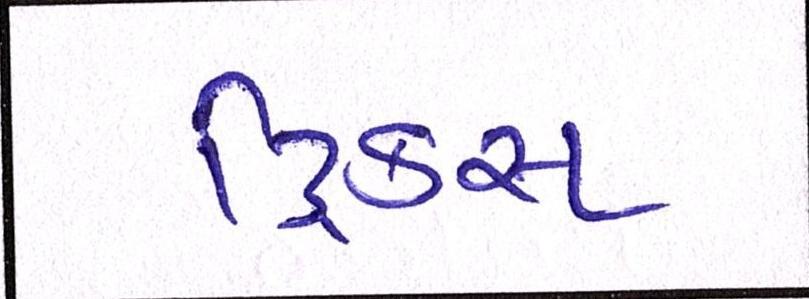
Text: ટ્રિક્સ